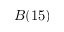
B ( 1 5 )